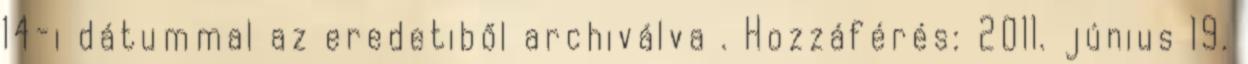
14-i dátummal az eredetiből archiválva . Hozzáférés: 2011. június 19.